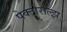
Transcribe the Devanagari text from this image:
पेक्टोराल्झ